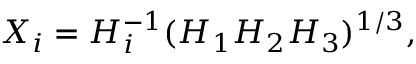
X _ { i } = H _ { i } ^ { - 1 } ( H _ { 1 } H _ { 2 } H _ { 3 } ) ^ { 1 / 3 } ,